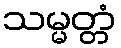
သမ္မတ္တံ